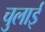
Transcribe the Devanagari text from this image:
चुलाई